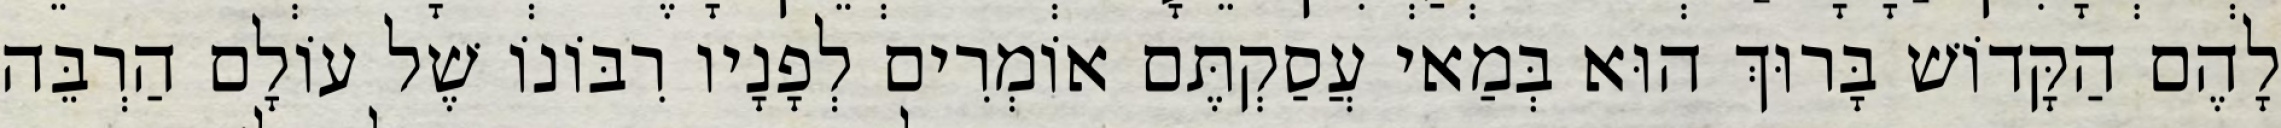
לָהֶם הַקָּדוֹשׁ בָּרוּךְ הוּא בְּמַאי עֲסַקְתֶּם אוֹמְרִים לְפָנָיו רִבּוֹנוֹ שֶׁל עוֹלָם הַרְבֵּה